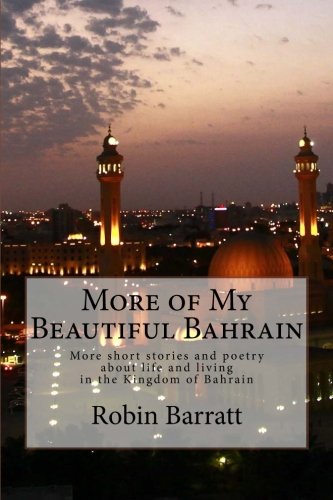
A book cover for More of My Beautiful Bahrain: More short stories and poetry about life and living in the Kingdom of Bahrain; Robin Barratt; Travel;